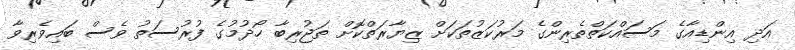
އަދި އިންޑިއާގެ މަސައްކަތްތެރިންގެ މަރުކަޒުތަކަށް ޒިޔާރަތްކޮށް ތަޖުރިބާ ހޯދުމުގެ ފުރުސަތު ވެސް ބައިވެރިވާ